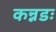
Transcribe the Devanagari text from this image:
कन्नडः